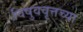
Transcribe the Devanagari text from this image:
विषुववृत्तच्या